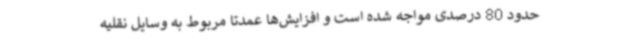
حدود 80 درصدی مواجه شده است و افزایش‌ها عمدتا مربوط به وسایل نقلیه